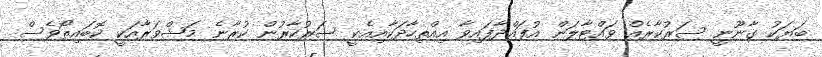
ބަޔަކު ގާނޫނީ ސަރުކާރެއް ވައްޓާލަން އުފައްދާފައިވާ އިއްތިހާދަކާއިއެކީ ސަރުކާރުން ކުރާނެ މަޝްވަރާއަކީ ކޮބައިތޯވެސް